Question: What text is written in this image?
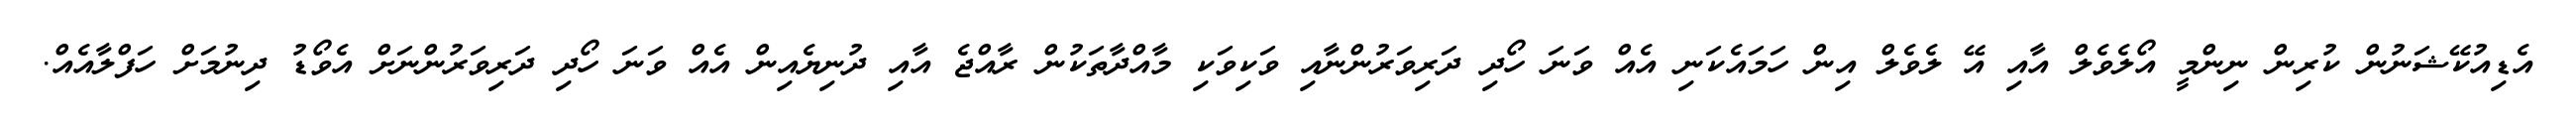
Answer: އެޑިއުކޭޝަނުން ކުރިން ނިންމީ އޯލެވެލް އާއި އޭ ލެވެލް އިން ހަމައެކަނި އެއް ވަނަ ހޯދި ދަރިވަރުންނާއި ވަކިވަކި މާއްދާތަކުން ރާއްޖެ އާއި ދުނިޔެއިން އެއް ވަނަ ހޯދި ދަރިވަރުންނަށް އެވޯޑު ދިނުމަށް ހަފްލާއެއް.